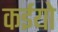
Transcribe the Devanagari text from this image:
कईयो